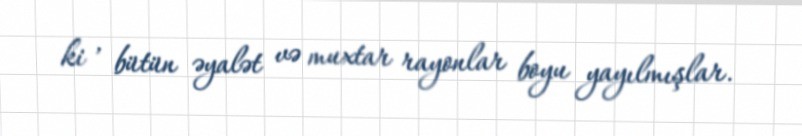
ki , bütün əyalət və muxtar rayonlar boyu yayılmışlar.